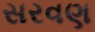
સરવણ